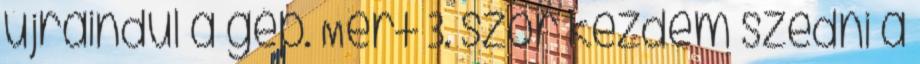
újraindul a gép. Mert 3. szor kezdem szedni a